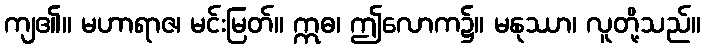
ကျ၏။ မဟာရာဇ၊ မင်းမြတ်။ ဣဓ၊ ဤလောက၌။ မနုဿာ၊ လူတို့သည်။